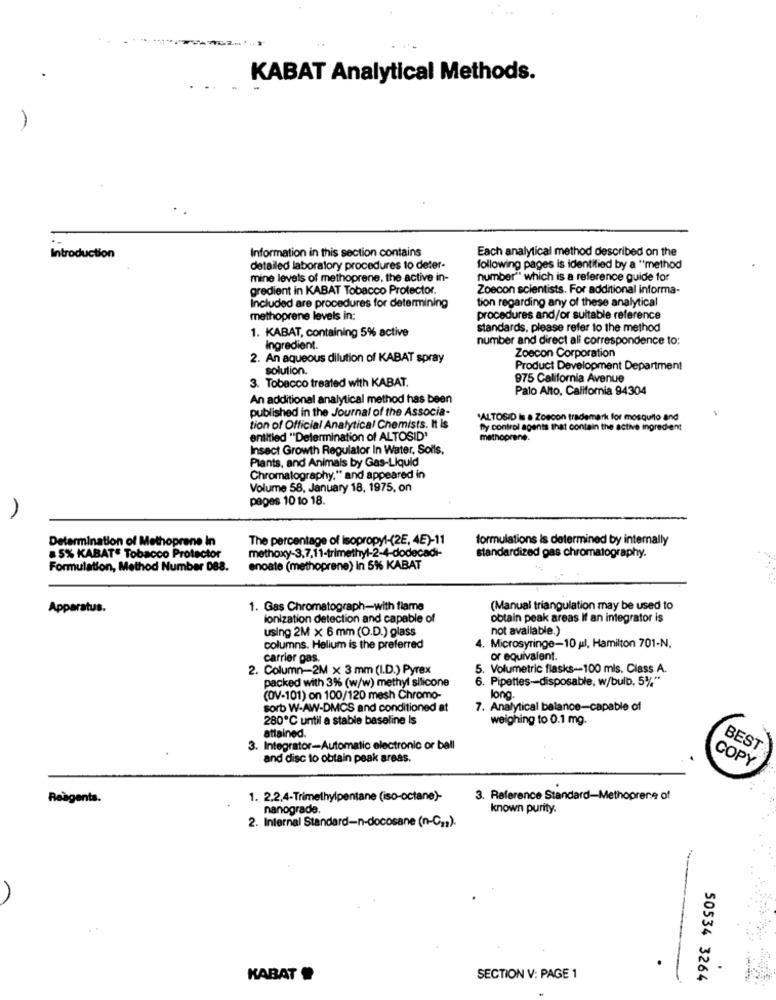
KABAT Analytical Methods.
Each analytical method described on the
Introduction
Information in this section contains
detailed laboratory procedures to deter-
following pages is identified by a "method
mine levels of methoprene, the active in-
number" which is a reference guide for
gredient in KABAT Tobacco Protector.
Zoecon scientists. For additional informa-
tion regarding any of these analytical
Included are procedures for determining
methoprene levels in:
procedures and/or suitable reference
1. KABAT, containing 5% active
standards. please refer to the method
number and direct all correspondence to:
Ingredient.
Zoecon Corporation
2. An aqueous dilution of KABAT spray
solution.
Product Development Department
975 California Avenue
3. Tobacco treated with KABAT.
Palo Alto, California 94304
An additional analytical method has been
published in the Journal of the Associa-
'ALTOSID Is a Zoscon trademark for mosquito and
tion of Official Analytical Chemists. It is
fly control agents that contain the active ingredient
entitled "Determination of ALTOSID'
methoprene.
Insect Growth Regulator In Water, Soils.
Plants, and Animals by Gas-Liquid
Chromatography." and appeared in
Volume 58, January 18, 1975, on
pages 10 to 18.
Determination of Methoprene In
The percentage of Isopropyl-(2E, 4E)-11
formulations is determined by internally
methoxy-3,7,11-trimethyl-2-4-dodecadi-
5% KABAT" Tobacco Protector
standardized gas chromatography.
Formulation, Method Number 088.
enoate (methoprene) In 5% KABAT
Apparatus.
1. Gas Chromatograph-with flame
(Manual triangulation may be used to
ionization detection and capable of
obtain peak areas if an integrator is
using 2M x 6 mm (O.D.) glass
not available.)
columns. Helium is the preferred
4. Microsyringe-10 yıl, Hamilton 701-N.
carrier gas.
or equivalent.
2. Column-2M x 3 mm (I.D.) Pyrex
5. Volumetric flasks-100 mls. Class A.
packed with 3% (w/w) methyl silicone
6. Pipettes-disposable, w/bulb, 5% **
(OV-101) on 100/120 mesh Chromo-
long.
sorb W-AW-DMCS and conditioned at
7. Analytical balance-capable of
280℃ until a stable baseline Is
weighing to 0.1 mg.
attained.
3. Integrator-Automatic electronic or ball
BEST
and disc to obtain peak areas.
COPY
Reagenta.
1. 2.2,4-Trimethylpentane (iso-octane)-
3. Reference Standard-Methoprene of
nanograde.
known purity.
2. Internal Standard-n-docosane (n-C ,; ).
.
KABAT
SECTION V: PAGE 1
50534 3264